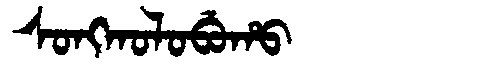
Manchu: ᠰᠣᠩᡴᠣᠯᠣᠪᡠᡥᠣ
Romanization: SONGKOLOBUHO